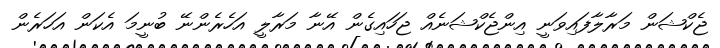
ޖެކްޝަން މަރާލާފައިވަނީ އިންޖެކްޝަނެއް ޖަހައިގެން އޭނާ މަރާލީ އަހެރެންނޭ ބުނީމަ އެކަން އަހަރެން